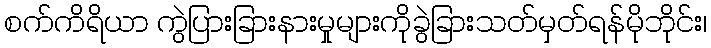
စက်ကိရိယာ ကွဲပြားခြားနားမှုများကိုခွဲခြားသတ်မှတ်ရန်မိုဘိုင်း၊